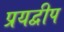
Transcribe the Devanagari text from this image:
प्रयद्वीप